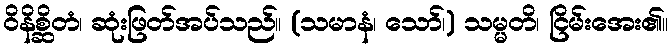
ဝိနိစ္ဆိတံ၊ ဆုံးဖြတ်အပ်သည်။ (သမာနံ၊ သော်၊) သမ္မတိ၊ ငြိမ်းအေး၏။